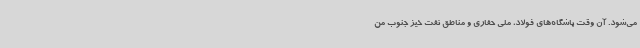
می‌شود. آن وقت باشگاه‌های فولاد، ملی حفاری و مناطق نفت خیز جنوب من